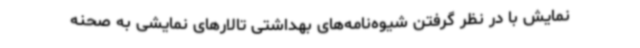
نمایش با در نظر گرفتن شیوه‌نامه‌های بهداشتی تالارهای نمایشی به صحنه